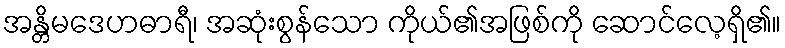
အန္တိမဒေဟဓာရီ၊ အဆုံးစွန်သော ကိုယ်၏အဖြစ်ကို ဆောင်လေ့ရှိ၏။